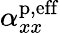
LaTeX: \alpha_{xx}^{\mathrm{p,eff}}